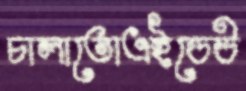
চালাতোএইডেউ